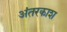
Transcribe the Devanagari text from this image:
अंतरकाश